King Institute of Preventive Medicine Bacteriolog. Section reports 1907-08
Year: 1907
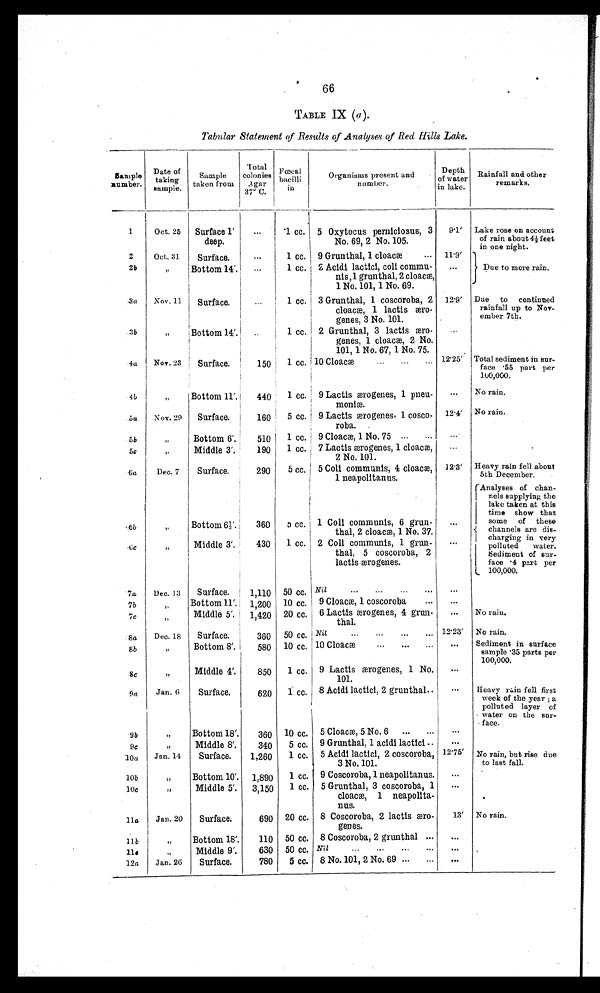
66
TABLE IX (a).
Tabular Statement of Results of Analyses of Red Hills Lake.
Date of
taking
Sample
taken from
sample.
Total
colonies
A g
a r
g
37' ň
f œ œ œ œ œ œ
bacilli
æ æ æ i n
Organisms present and
n u m her.
Depth
of water
in lake.
Rainfall and other
remarks remarks.
...
1
Oct. 25
Surface 1
...
'1 cc. 5 Oxytocus pernlciosus, 3
9 . 1
Lake rose on account
deep.
I
No. 69, 2 No. 105.
of rain about 4 1/2 feet
in one night.
2
Oct. 31
Surface.
...
1 cc. 9 Grunthal, 1 cloacæ
... 11.9'
2b
, ,
Bottom 14'.
...
1 cc. 1 2 Acidi lactici, colt comma-
nis , 1 grunthal, 2 cloacx,
1 No. 101, 1 No. 69.
...
Due to more rain.
3 a
Nov. 11
Surface.
1 cc. 3 Grunthal, 1 coscoroba, 2
cloacT, 1 lactls
æ r o
genes, 3 No. 101.
12.9'
Due
to
continued
rainfall up to N o
v
-
ember 7th.
3b, ,
Bottom 14'.
1 cc. 2 Grunthal, 3 lactis
æ r o
genes, 1 cloaca, 2 No.
101, 1 No. 67, 1 No. 75.
4a
No v . 23
Surface.
150
1 cc. 10 Cloacæ
. . .
. . . 12.25' Total sediment in sur-
face • 55 part per
100,000.
4b
II
Bottom 11'.
440
1 cc. ' 9 Lactisæmrogenes, 1 pneu-
moni m.
...
No rain.
5a
Nov. 29
Surface.
160 5 cc. 19 Lactis ærogenes 1 cosco-
roba. .
12.4,
No rain.
5b
II
Bottom 6'.
510
9 Cloacae, 1 No. 75...
. . .
5c
Middle 3'.
190
1 cc. 7 Lactis æirogenes, 1 cloacae,
2 No. 101.
•••
Ga
6b
Dec. 7
Surface.
290
Bottom 6 1/2
360
5 cc.
0 cc.
j 5 Coli communis, 4 cloacm,
1 neapolitanus.
1 Coll communis, 6 grun-
I
thal, 2 cloacæ, 1 No. 37.
12 . 3'
...
Heavy rain fell about
5th December.
Analyses
of chan-
nels supplying the
lake taken at this
time show that
some
of these
channels are dis-
in
6c
, ,
Middle 3'.
430
1 cc. 2 Coli communis, 1 grun-
. . .
charging
very
polluted
water.
I
thal, 5 coscoroba, 2
lactis rogenes.
Sediment of sur-
face '4 part per
L 100,000.
'7a
Dec. 13
Surface.
1,110 50 cc. Nil
...
. . .
. . .
7b
7c I
8 a
,,
, ,
Dec. 18
Bottom 11
Middle 5'.
Surface.
1,420
360
10 cc.
20 cc,
50 cc.
9 Cloaca 1 coscoroba
...
6 Lactis rogenes, 4 grun-
thal.
Nit
...
...
...
...
. . .
...
12.23'
No rain.
No rain.
8b
,,
Bottom 8'.
580 10 cc. 10 Cloacae
...
...
„.
...
Sediment in surface
sample .35 parts per
100,000.
8c
.9a
,,
Jan. 6
Middle 4'.
Surface.
850
620
1 cc.
1 cc.
9 Lactis æmrogenes, 1 No.
101.
8 Acidi lactici, 2 grunthal..
...
...
Heavy rain fell first
week of the year ; a
polluted layer of
water on the sur-
face.
• 9b
9c
:10a
,,
,,
Jan. 14
Bottom 18'.
Middle 8'.
Surface.
360
340
1,260
10 cc.
5 cc.
1 cc.
5 Cloacm, 5 No. 6 ...
...
9 Grunthal, 1 acidi lacticl ..
5 Acidi lactici, 2 coscoroba,
3 No. 101.
. . .
...
12.75'
No rain, but rise due
to last fall.
10b
10c
,,
,,
Bottom 10'.
Middle 5'.
1,890
3,150
1 cc.
1 cc.
9 Coscoroba, 1 neapolitanus.
5 Grunthal, 3 coscoroba, 1
cloaca, 1 neapolita-
nus.
...
...
,
11a
Jan. 20
Surface.
690 20 cc. 8 Coscoroba, 2 lactis æmro-
genes.
13'
No rain.
11 b
l l
c
9,
„
Bottom 18'.
Middle 9 ' .
110
630
50 cc.
50 cc.
8 Coscoroba, 2 grunthal ...
Nil
...
. . .
. . .
...
. . .
12a
Jan. 26
Surface.
780
5 cc. 8 No. 101, 2 No. 69 ...
...
...
—